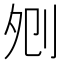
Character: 𠛠